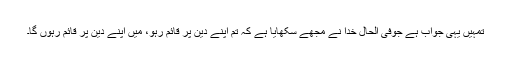
تمہیں یہی جواب ہے جوفی الحال خدا نے مجھے سکھایا ہے کہ تم اپنے دین پر قائم رہو، مَیں اپنے دین پر قائم رہوں گا۔